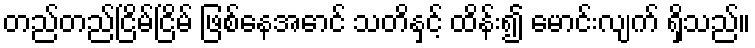
တည်တည်ငြိမ်ငြိမ် ဖြစ်နေအောင် သတိနှင့် ထိန်း၍ မောင်းလျက် ရှိသည်။